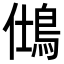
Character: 𪀆